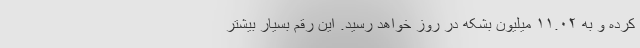
کرده و به ۱۱.۰۲ میلیون بشکه در روز خواهد رسید. این رقم بسیار بیشتر